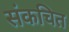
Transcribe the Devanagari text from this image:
संकचित